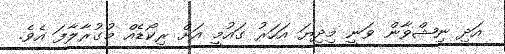
އަދި ނިޝްވާން ވަނީ މިދިޔަ އަހަރު ގައުމީ އަށް ރިކޯޑެއް މުގުރާލާފަ އެވެ.